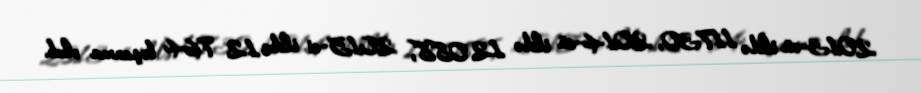
2013-cü ildə 11730, 2014-cü ildə 12 088, 2015-ci ildə 12 764 boşanma olub.